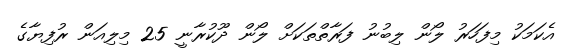
އެކަަމަކު މިފަހަރު ލޯން ލިބުނު ފަރާތްތަކަށް ލޯން ދޫކުރާނީ 25 މިލިއަން ރުފިޔާގެ